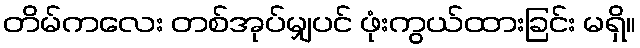
တိမ်ကလေး တစ်အုပ်မျှပင် ဖုံးကွယ်ထားခြင်း မရှိ။